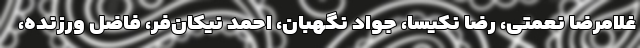
غلامرضا نعمتی، رضا نکیسا، جواد نگهبان، احمد نیکان‌فر، فاضل ورزنده،